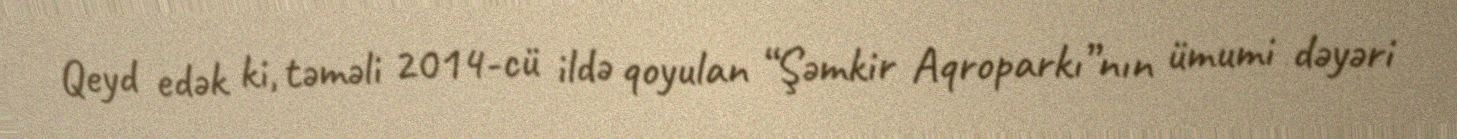
Qeyd edək ki, təməli 2014-cü ildə qoyulan “Şəmkir Aqroparkı”nın ümumi dəyəri